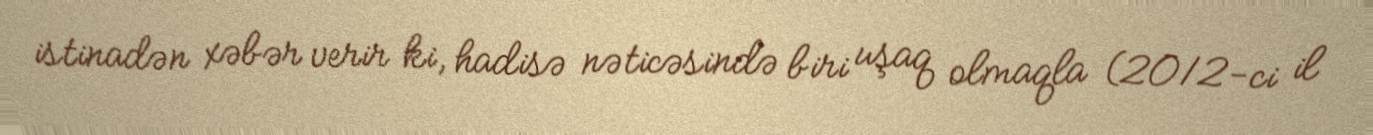
istinadən xəbər verir ki, hadisə nəticəsində biri uşaq olmaqla (2012-ci il